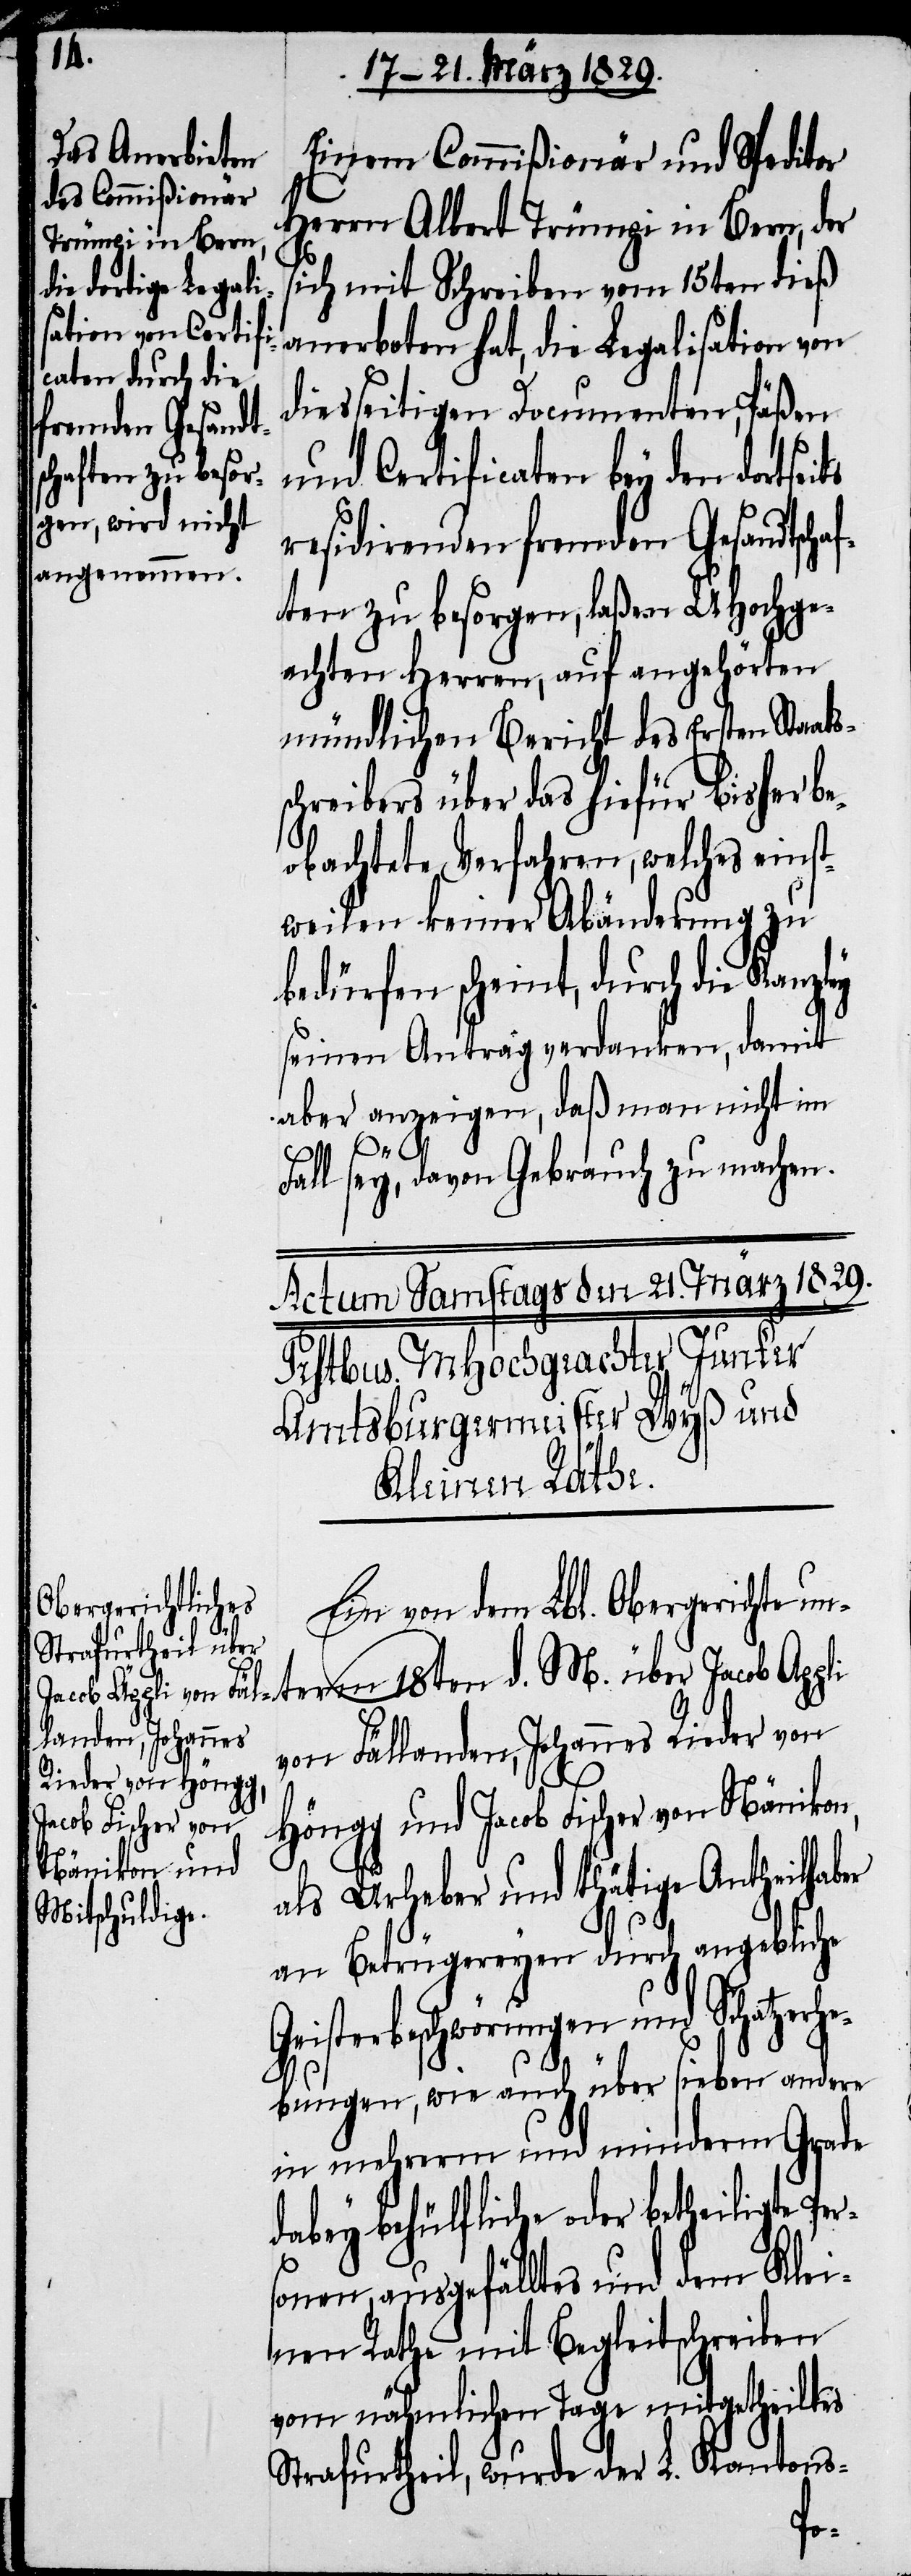
Einem Commißionär und Speditor
Herrn Albert Trümpi in Bern, der
sich mit Schreiben vom 15ten dieß
anerboten hat, die Legalisation von
diesseitigen Documenten, Päßen
und Certificaten bey den dortseits
residirenden fremden Gesandtschaf¬
ten zu besorgen, laßen UHochge¬
achten Herren, auf angehörten
mündlichen Bericht des Ersten Staats¬
schreibers über das hiefür bisher be¬
obachtete Verfahren, welches einst¬
weilen keiner Abänderung zu
bedürfen scheint, durch die Kanz¬
seine Antrag verdanken, damit
aber anzeigen, daß man nicht im
term 18ten
Fall sey, davon Gebrauch zu machen.
Ein von dem Lbl. Obergerichte un¬
landen, Johannes
Rieder von Höng¬
g und Jacob Fischer von Nänikon,
Fäl¬
als Urheber und thätige Antheilhab¬
an Betrügereyen durch angebliche
eisterbeschwörungen und Schatz¬
M.
bungen, wie auch über sieben andere
in mehrerm und minderm Grade
dabey behülfliche oder betheiligte Pe¬
sonen, ausgefälltes und dem Klei¬
nen Rathe mit Begleitschreiben
vom nähmlichen Tage mitgetheiltes
Strafurtheil, wurde der L. Kantons-
r¬